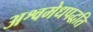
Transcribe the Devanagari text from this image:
अश्वमेधपद्धति